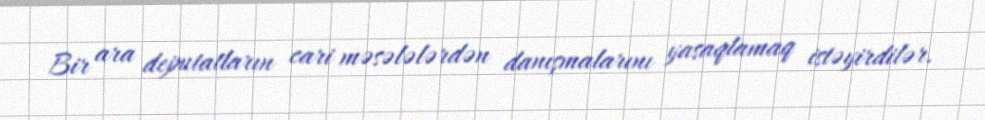
Bir ara deputatların cari məsələlərdən danışmalarını yasaqlamaq istəyirdilər.